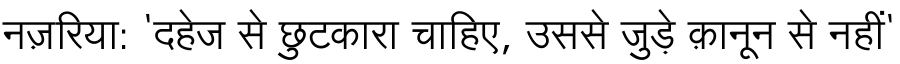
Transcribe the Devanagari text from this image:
नज़रिया: 'दहेज से छुटकारा चाहिए, उससे जुड़े क़ानून से नहीं'